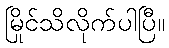
မြိုင်သိလိုက်ပါပြီ။